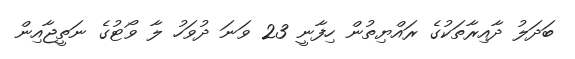
ބަދަލު ދާއިރާތަކުގެ ރައްޔިތުން ހިފާނީ 23 ވަނަ ދުވަހު ލާ ވޯޓުގެ ނަތީޖާއިން